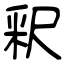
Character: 釈